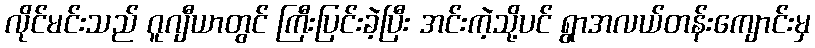
လိုင်မင်းသည် ဂူဂျီယာတွင် ကြီးပြင်းခဲ့ပြီး အင်းကဲ့သို့ပင် ရွာအလယ်တန်းကျောင်းမှ